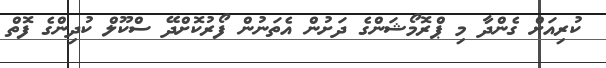
ކުރިއަށް ގެންދާ މި ޕްރޮމޯޝަންގެ ދަށުން އެތަނުން ފޯރުކޮށްދޭ ސްކޫލް ކުދިންގެ ފޮތް